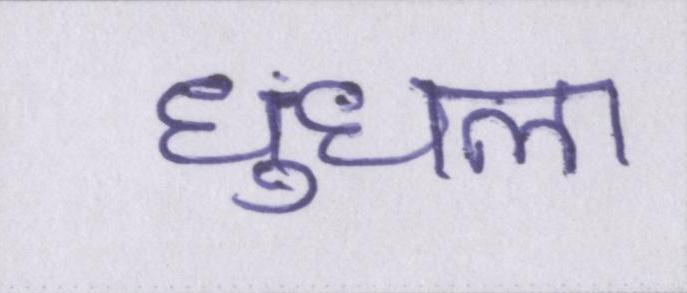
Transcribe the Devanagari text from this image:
धुंधला